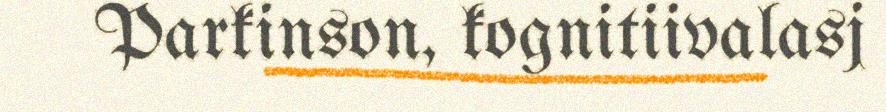
Parkinson, kognitiivalasj